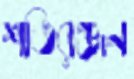
শতিরঞ্জন